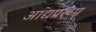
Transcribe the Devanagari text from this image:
आद्यप्ररूप